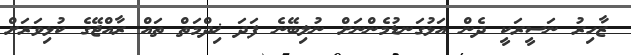
ޒާހިރު ނަސީރަކީ ދެން އަޅުގަނޑުމެންނަށް ނުލިބޭނެ ފަދަ ޚިދްމަތް ތައް ރާއްޖޭގެ ކުޅިވަރަށް